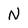
Character: N